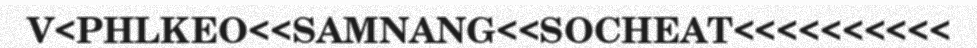
V<PHLKEO<<SAMNANG<<SOCHEAT<<<<<<<<<<